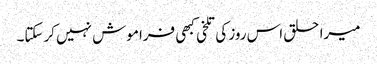
میرا حلق اس روز کی تلخی کبھی فراموش نہیں کرسکتا۔